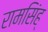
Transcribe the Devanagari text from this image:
रामसिंह्